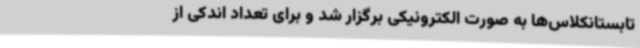
تابستانکلاس‌ها به صورت الکترونیکی برگزار شد و برای تعداد اندکی از